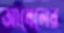
আবেলের